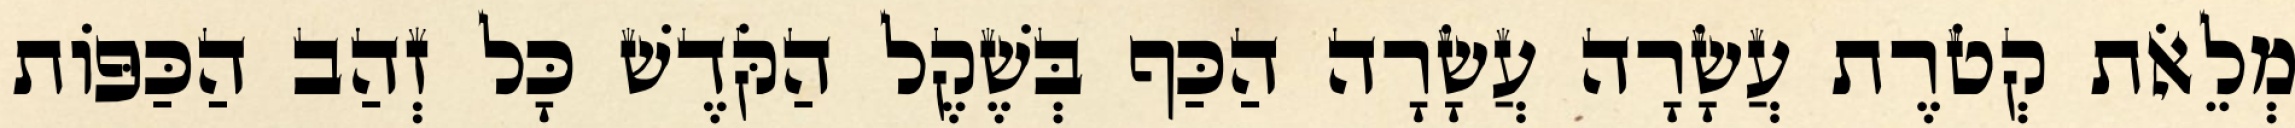
מְלֵאֹת קְטֹרֶת עֲשָׂרָה עֲשָׂרָה הַכַּף בְּשֶׁקֶל הַקֹּדֶשׁ כָּל זְהַב הַכַּפּוֹת